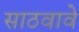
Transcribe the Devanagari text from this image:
साठवावे